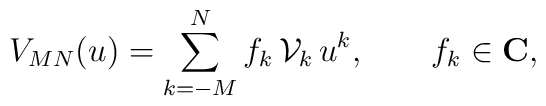
V_{MN}(u)=\sum_{k=-M}^N f_k \,{\cal V}_k \,u^k,\qquad f_k\in {\bf C},